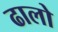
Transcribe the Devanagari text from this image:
ढालो